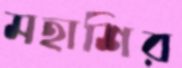
মহাশির